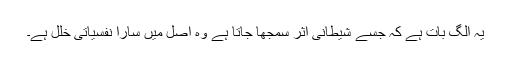
یہ الگ بات ہے کہ جسے شیطانی اثر سمجھا جاتا ہے وہ اصل میں سارا نفسیاتی خلل ہے۔